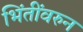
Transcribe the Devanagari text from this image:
भिंतींवरुन